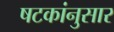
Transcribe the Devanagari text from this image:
षटकांनुसार